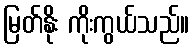
မြတ်နိုး ကိုးကွယ်သည်။